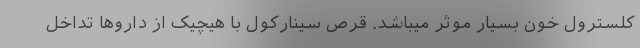
کلسترول خون بسیار موثر میباشد. قرص سینارکول با هیچیک از داروها تداخل